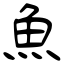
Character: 魚